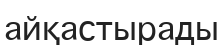
айқастырады